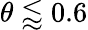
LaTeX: \theta\lessapprox 0.6